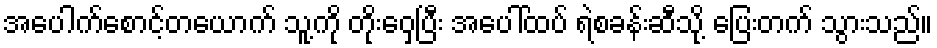
အပေါက်စောင့်တယောက် သူ့ကို တိုးဝှေ့ပြီး အပေါ်ထပ် ရဲစခန်းဆီသို့ ပြေးတက် သွားသည်။